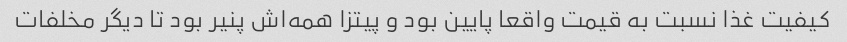
کیفیت غذا نسبت به قیمت واقعا پایین بود و پیتزا همه‌اش پنیر بود تا دیگر مخلفات